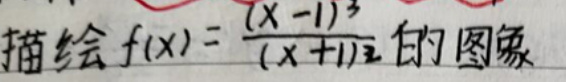
描绘\(f(x)=\frac{(x - 1)^3}{(x + 1)^2}\)的图象